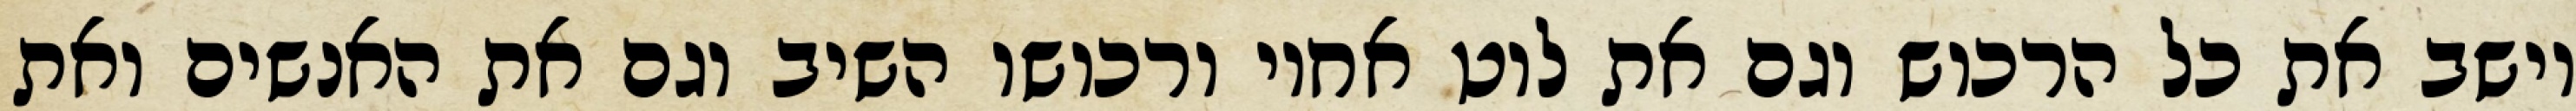
וישב את כל הרכוש וגם את לוט אחיו ורכושו השיב וגם את האנשים ואת